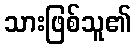
သားဖြစ်သူ၏